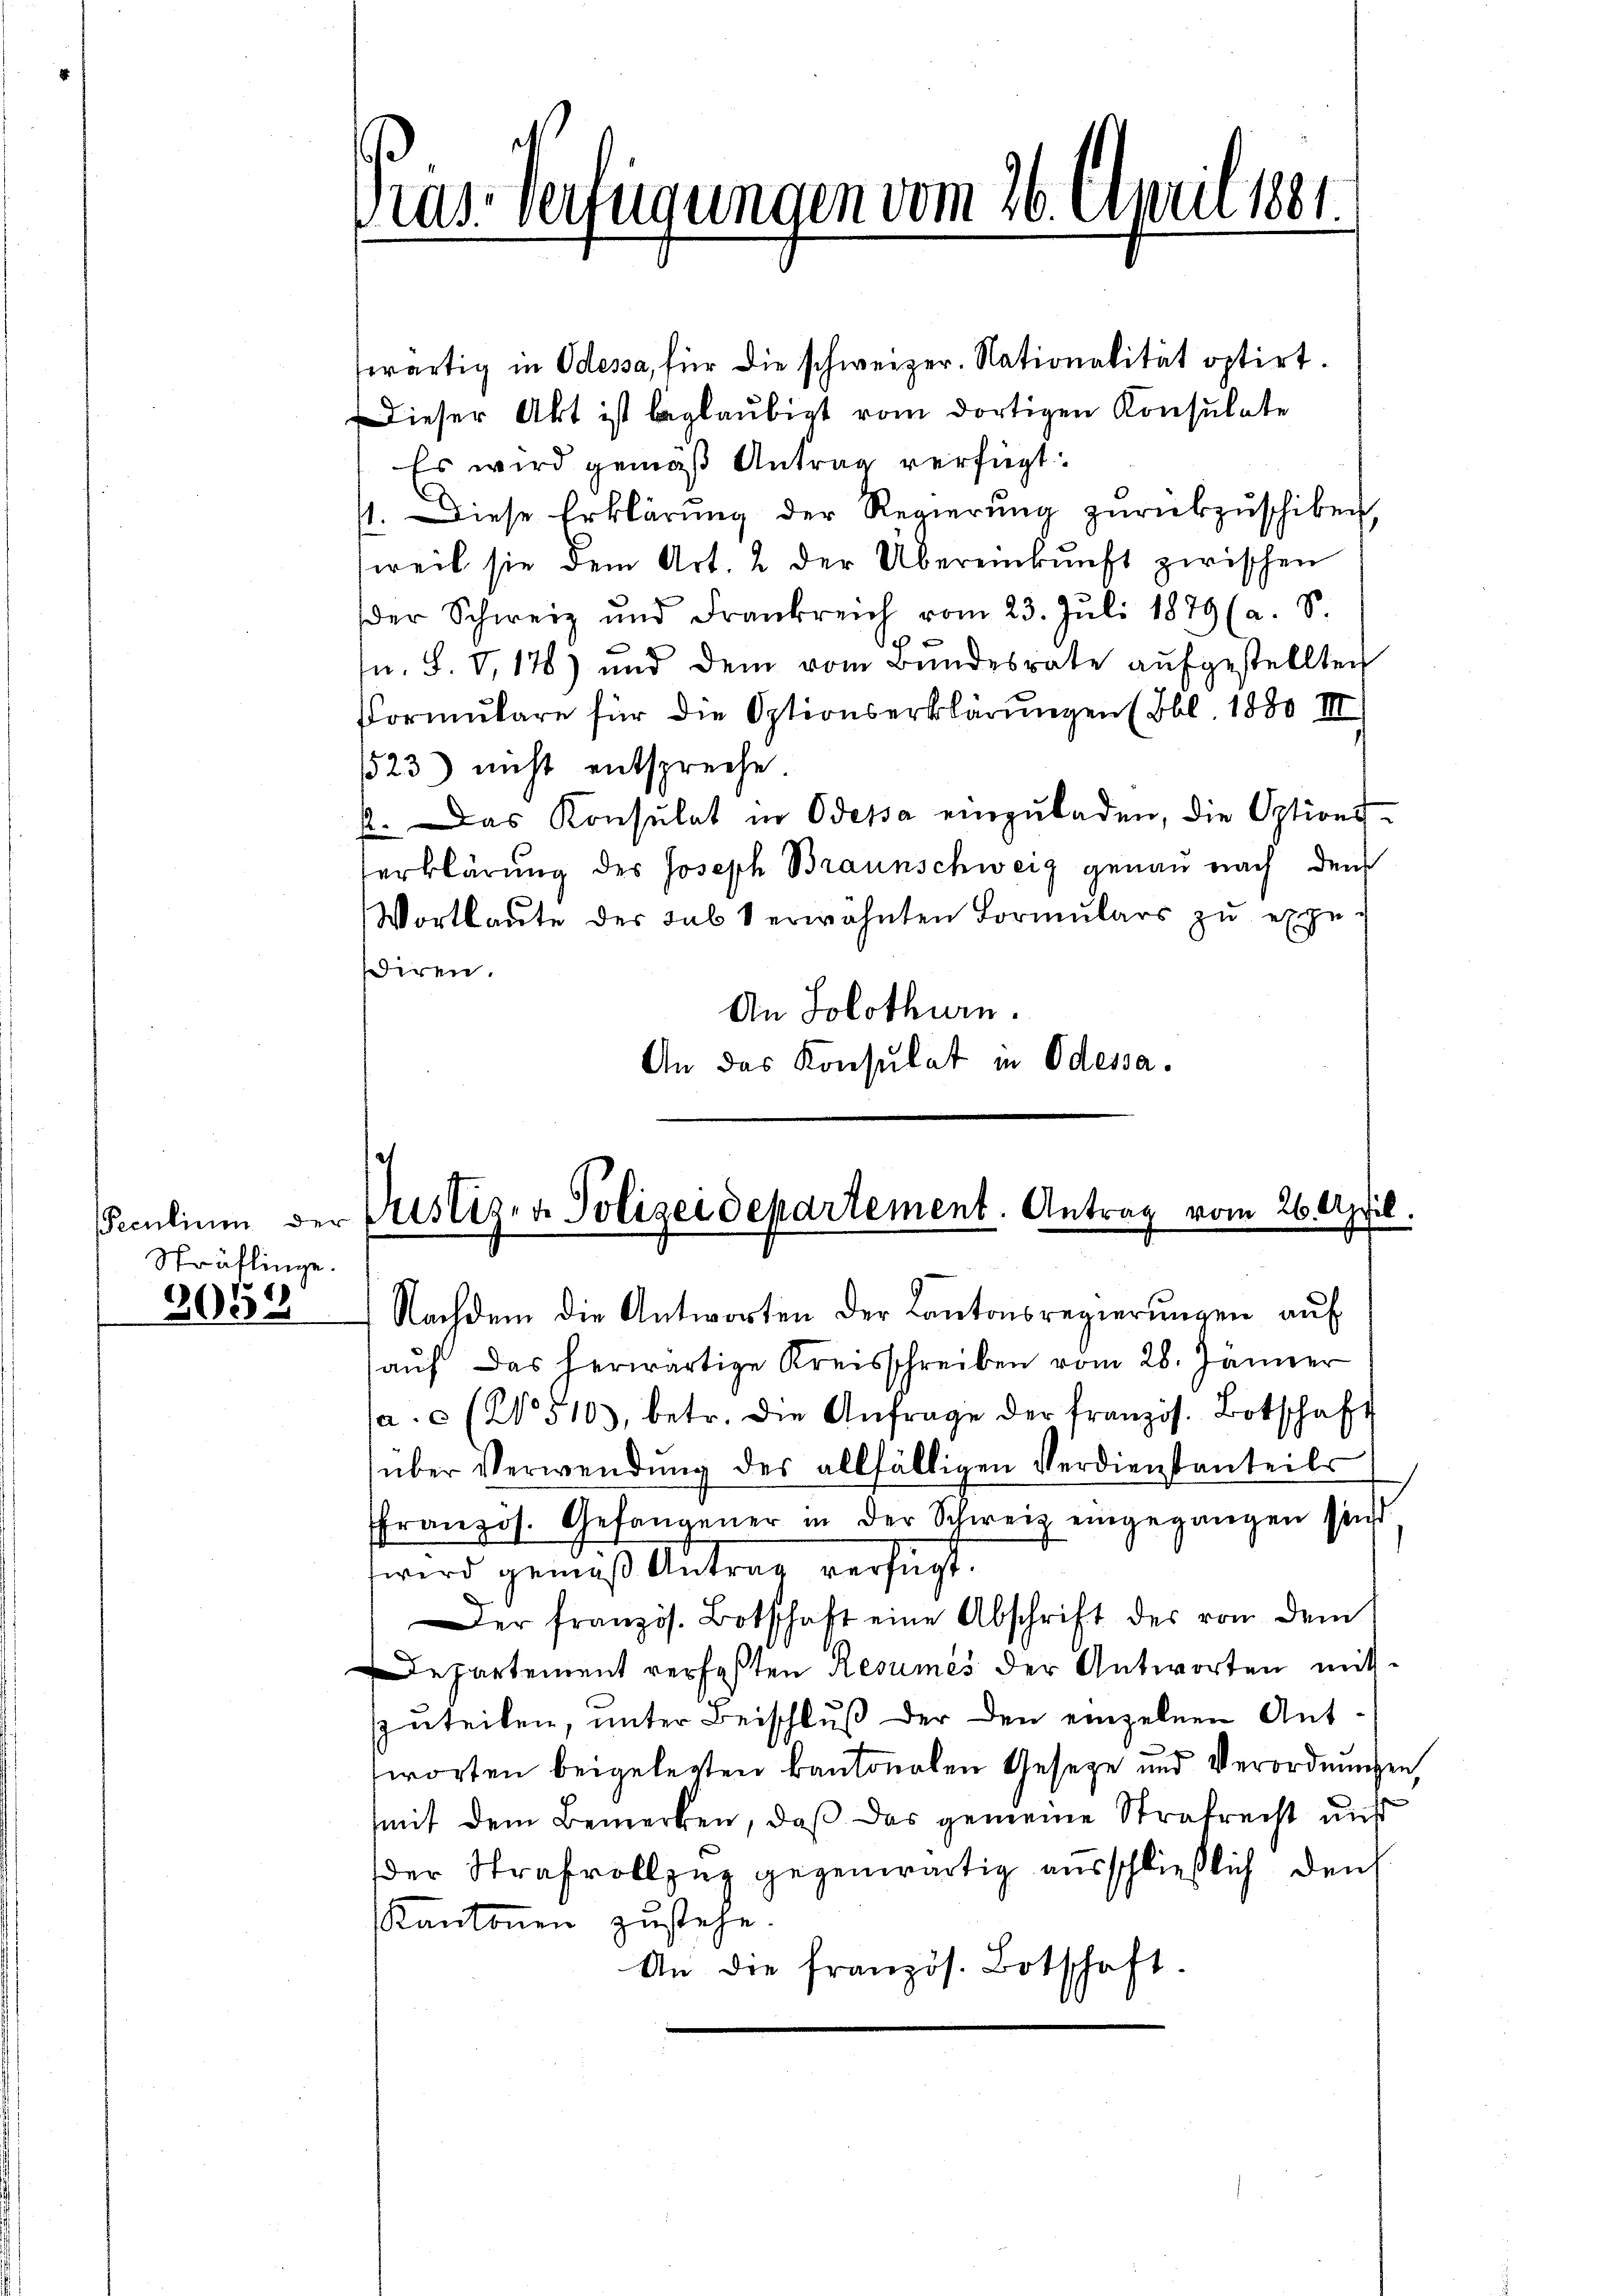
Peculium der
Sträflinge.

2059

Gras Verfügungen vom 26. April 1881.

twärtig in Odessa, für die schweizer. Nationalität optirt.
Dieser Akt ist beglaubigt vom dortigen Konsulate
Es wird gemäß Antrag verfügt:
11. Diese Erklärung der Regierung zurükzuschiken,
weil sie dem Art. 2 der Übereinkunft zwischen
der Schweiz und Frankreich vom 23. Juli 1879 (a. S.
sn. F. V, 178) und dem vom Bundesrate aŭfgestellten
Formulare für die Optionserklärungen (Ibl 1880 VIII
523) nicht entspreche
2. Das Konsulat in Odessa einzuladen, die Options-
erklärung des Joseph Braunschweig genau nach den
Wortlaute des sub 1 erwähnten Formŭlars zu expediren.
An Solothurn.
An das Konsulat in Odessa.

Rustiz- & Polizeidepartement. Antrag vom 26. April.

Nachdem die Antworten der Kantonsregierungen auf
aŭf das herwärtige Kreisschreiben vom 28. Jänner
a.c. (2. 510, betr. die Anfrage der französ. Botschaft
über Verwendŭng des allfälligen Verdienstanteils
ffranzös. Gefangener in der Schweiz eingegangen sind
wird gemäß Antrag verfügt.
Der französ. Botschaft eine Abschrift des von dem
Departement verfaßten Resumés der Antworten mitzuteilen, unter Beischluß der den einzelnen Antworten beigelegten kantonalen Geseze und Verordnungen,
mit dem Bemerken, daß das gemeine Strafrecht aus
der Strafvollzug gegenwärtig ausschließlich den
Kantonen zustehe.
An die französ. Botschaft.